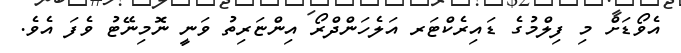
އެވޯޑަށް މި ފިލްމުގެ ޑައިރެކްޓަރ އަލެހަންދްރޯ އިންޏަރިތު ވަނީ ނޮމިނޭޓު ވެފަ އެވެ.